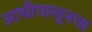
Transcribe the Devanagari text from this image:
आधीपासूनचा